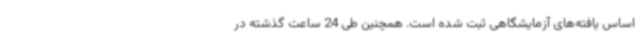
اساس یافته‌های آزمایشگاهی ثبت شده است. همچنین طی 24 ساعت گذشته در